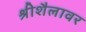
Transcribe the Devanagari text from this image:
श्रीशैलावर